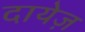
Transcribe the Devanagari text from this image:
दायेज़